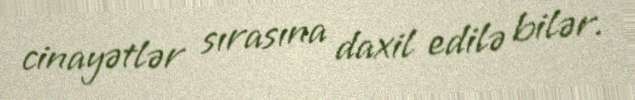
cinayətlər sırasına daxil edilə bilər.